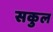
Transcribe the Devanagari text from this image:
सकुल